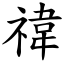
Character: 禕